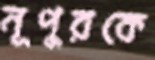
নূপুরকে